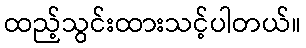
ထည့်သွင်းထားသင့်ပါတယ်။